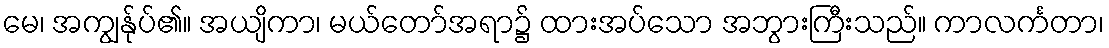
မေ၊ အကျွန်ုပ်၏။ အယျိကာ၊ မယ်တော်အရာ၌ ထားအပ်သော အဘွားကြီးသည်။ ကာလင်္ကတာ၊